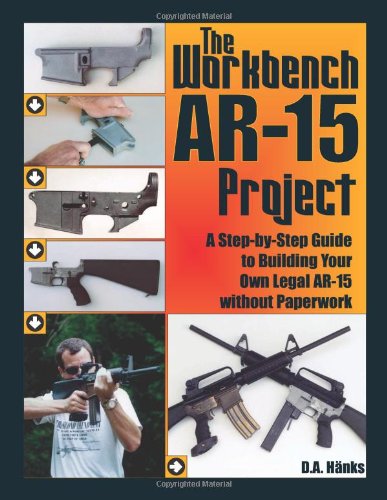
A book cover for The Workbench AR-15 Project: A Step-by-Step Guide to Building Your Own Legal AR-15 Without Paperwork; D.A. Hanks; Crafts, Hobbies & Home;